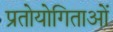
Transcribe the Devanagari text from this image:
प्रतोयोगिताओं